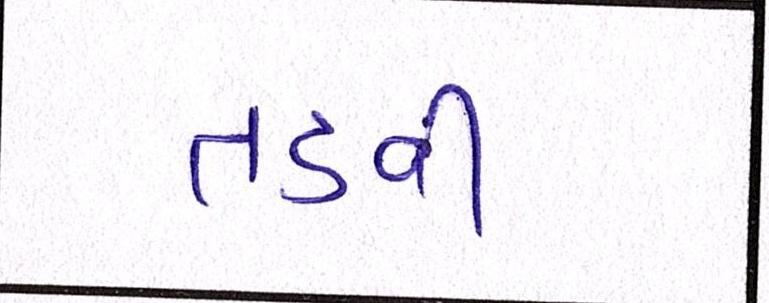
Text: તડવી